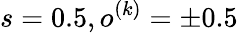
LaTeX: s=0.5,o^{(k)}=\pm 0.5